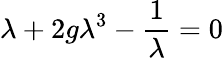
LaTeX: \lambda+2g\lambda^{3}-{\frac{1}{\lambda}}=0